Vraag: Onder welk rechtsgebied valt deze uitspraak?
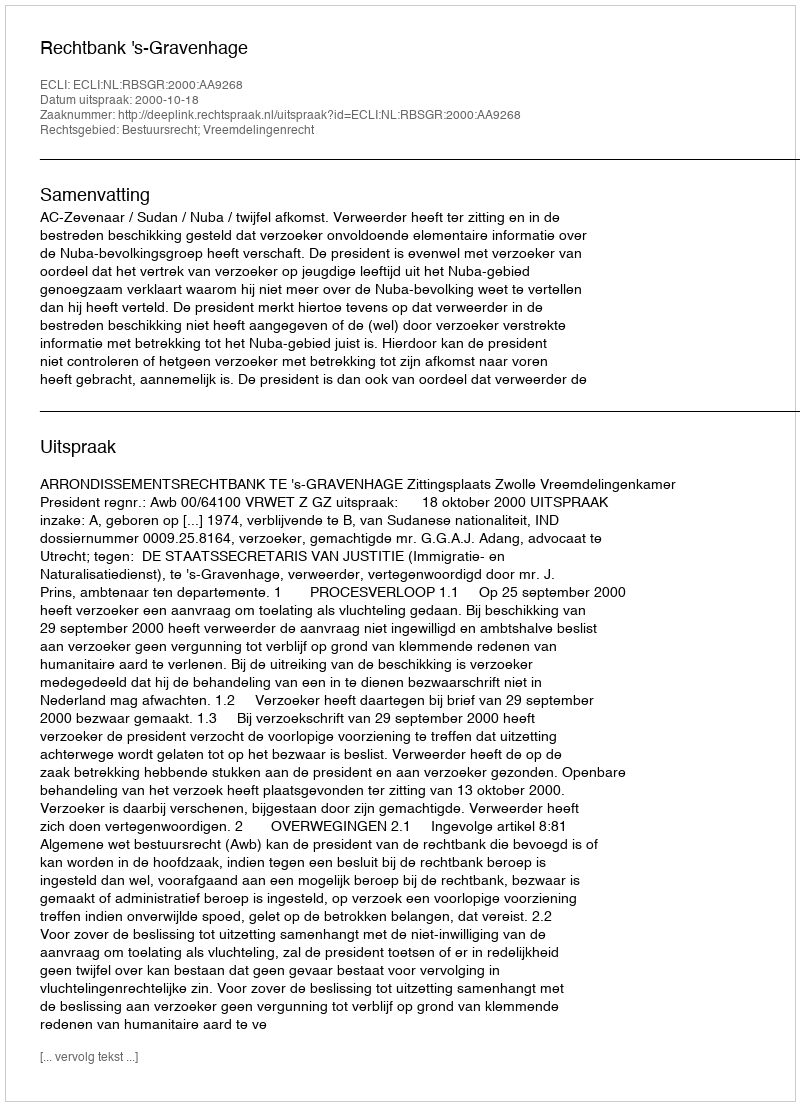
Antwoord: Bestuursrecht; Vreemdelingenrecht